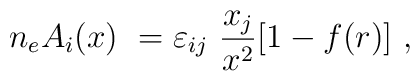
n_eA_i(x)\ =\-\varepsilon_{ij}\ \frac{x_j}{x^2}[1-f(r)]\ ,